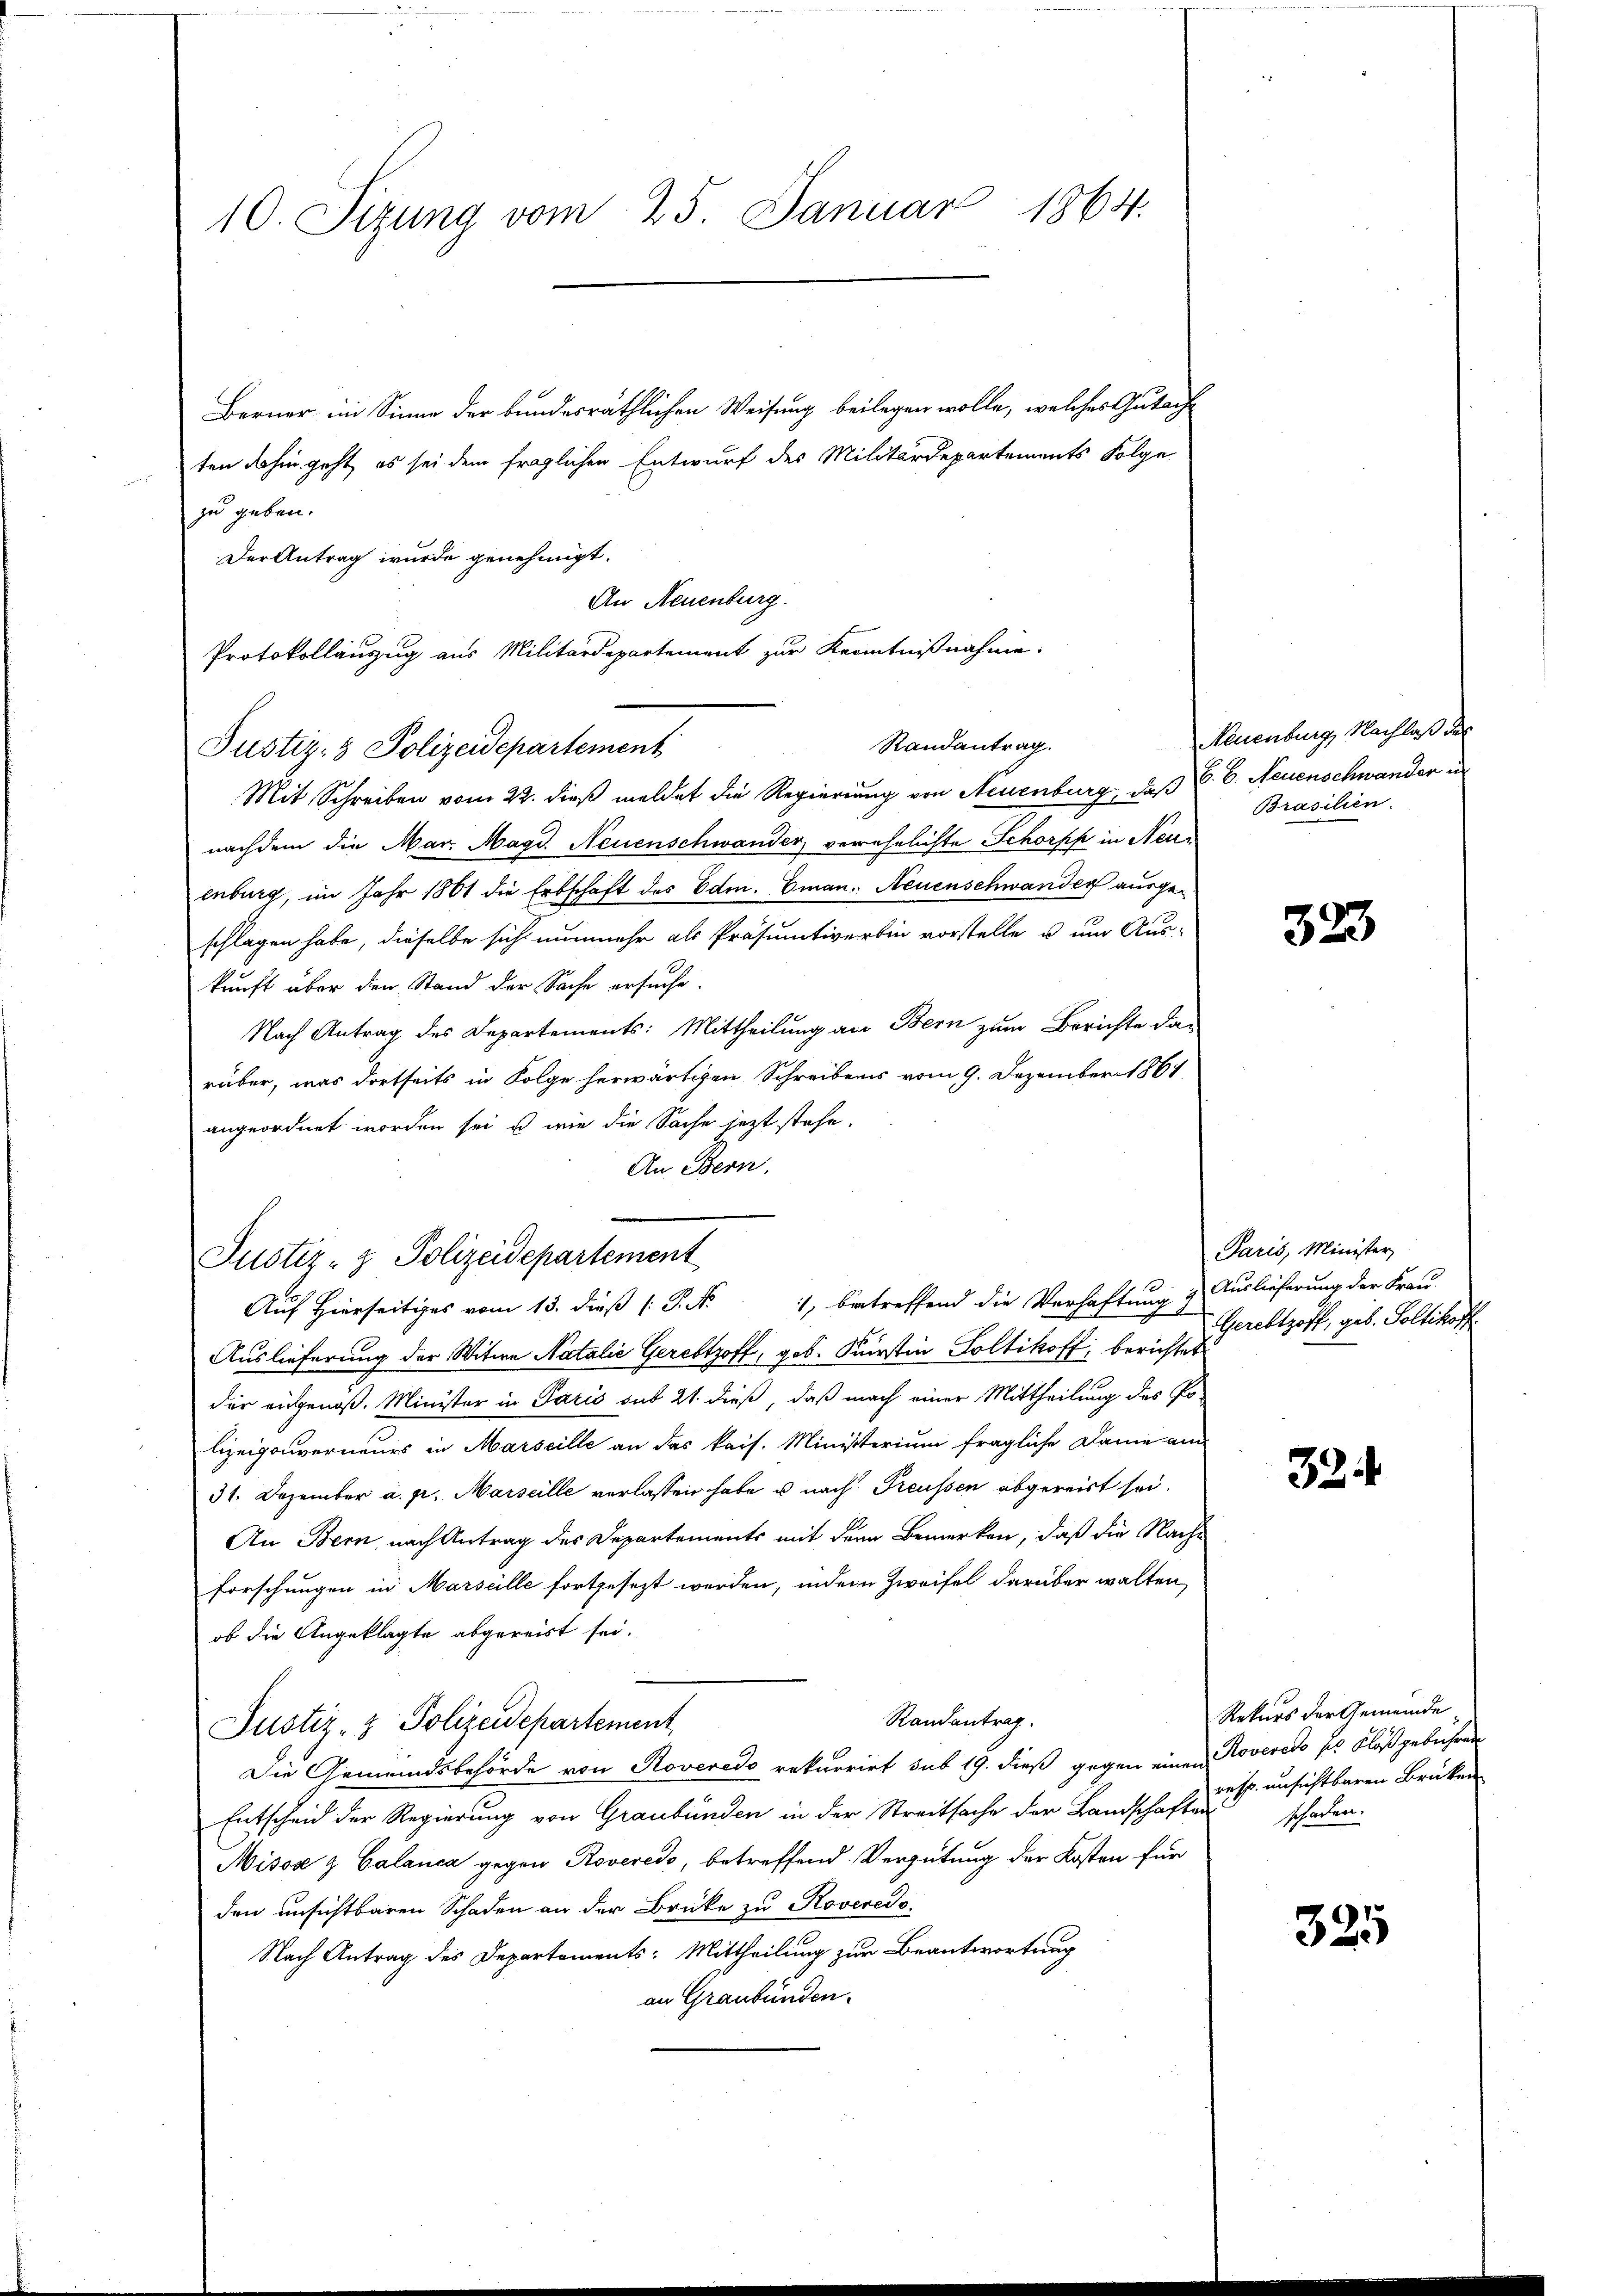
10. Sizung vom 25. Januar 1864.

Berner im Sinne der bundesräthlichen Weisung beilegen wolle, welches Gutacht
ten dahin geht, es sei dem fraglichen Entwurf des Militärdepartements Folge
zu geben.
Der Antrag wurde genehmigt.
An Neuenburg.
Protokollauszug aus Militärdepartement zur Kenntnißnahme.
Randantrag.
Justiz- & Polizeidepartement
Mit Schreiben vom 22. dieß meldet die Regierung von Neuenburg, daß C. C. Neuenschwander in
nachdem die Mar. Magd. Neuenschwander, verehelichte Schorps in Neuenburg, im Jahr 1861 die Erbschaft des Edm. Eman. Neuenschwander ausgeschlagen habe, dieselbe sich nunmehr als Präsumtiverbin vorstelle u. um Aus-
kunft über den Stand der Sache ersuche.
Nach Antrag des Departements: Mittheilung an Bern zum Berichte da-
rüber, was dortseits in Folge herwärtigen Schreibens vom 9. Dezember 1861
angeordnet worden sei, u wie die Sache jetzt stehe.
An Bern.
Justiz- & Polizeidepartement
Auf Hierseitiges vom 13. dieß P. Nr. 1, betreffend die Verhaftung & Auslieferung der Frau-
Auslieferung der Witwe Natalie Gereltzoff, geb. Kurstin Soltikoff, berichtet
der augenoß. Minister in Paris sub 21. dieß, daß nach einer Mittheilung des Polizeipouverneurs in Marseille an das kais. Ministerium fragliche Dame an
31. Dezember a. pr. Marseille verlassen habe u nach Preussen abgereist sei.
An Bern, nach Antrag des Departements mit dem Bemerken, daß die Nachforschungen in Marseille fortgesezt werden, indem Zweifel darüber walten,
ob die Angeklagte abgereist sei.
Randantrag
Justiz- & Polizeidepartement
Die Gemeindsbehörde von Roveredo rekurrirt sub 19. dieß gegen einen Roveredo des Flöß gebühren
Entscheid der Regierung von Graubünden in der Streitsache der Landschaften
Misse & Calanca gegen Roveredo, betreffend Vergütung der Kosten für
den unsichtbaren Schaden an der Brüke zu Rovereds.
Nach Antrag des Departements: Mittheilung zur Beantwortung
an Graubünden.

Neuenburg, Nachlaß des
Brasilien.

323

Paris, Minister
Gereltzoff, geb. Sollikoff

32

Rekurs der Gemeinde
resp. unsichtbaren Brüken
schaden.

325